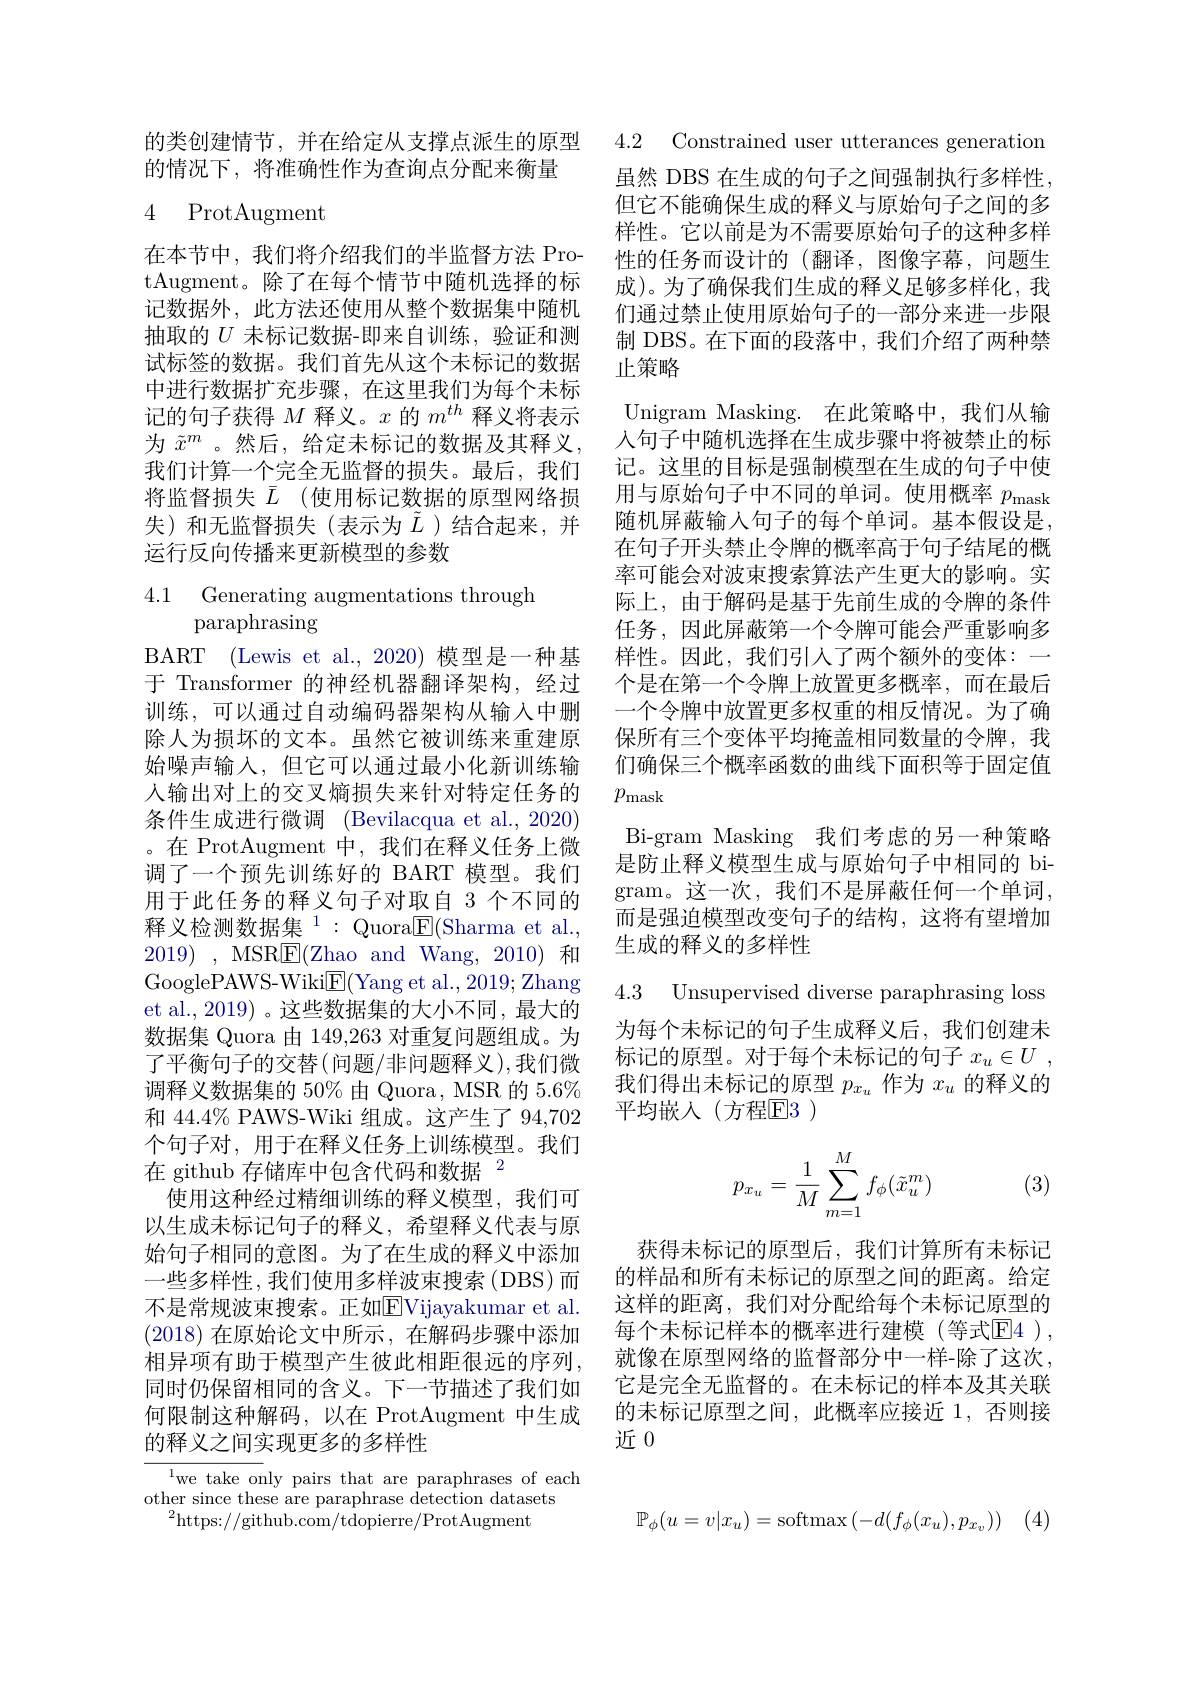
的类创建情节，并在给定从支撑点派生的原型 4.2 Constrained user utterances generation
的情况下，将准确性作为查询点分配来衡量

# 4 ProtAugment

在本节中，我们将介绍我们的半监督方法 ProtAugment。除了在每个情节中随机选择的标记数据外，此方法还使用从整个数据集中随机抽取的$U$未标记数据-即来自训练，验证和测试标签的数据。我们首先从这个未标记的数据中进行数据扩充步骤，在这里我们为每个未标记的句子获得$M$释义。$x$的$m^th$释义将表示为 $\tilde{x}^m$ 。然后，给定未标记的数据及其释义， 我们计算一个完全无监督的损失。最后，我们将监督损失$\bar{L}$ (使用标记数据的原型网络损失)和无监督损失(表示为$\tilde{L}$ )结合起来，并运行反向传播来更新模型的参数

4.1 Generating augmentations through
# paraphrasing

BART (Lewis et al.,2020) 模型是一种基于 Transformer 的神经机器翻译架构，经过训练，可以通过自动编码器架构从输入中删除人为损坏的文本。虽然它被训练来重建原始噪声输入，但它可以通过最小化新训练输入输出对上的交叉熵损失来针对特定任务的条件生成进行微调 (Bevilacqua et al., 2020) 。在 ProtAugment 中，我们在释义任务上微调了一个预先训练好的 BART 模型。我们用于此任务的释义句子对取自 3 个不同的释义检测数据集$^1:$Quora$\underline{\mathrm{E}}($Sharma et al., $2019)~,~$MSR$\boxed{\mathrm{F}}($Zhao and Wang, 2010) 和GooglePAWS-Wiki$\underline{\mathrm{E}}($Yang et al.,2019; Zhang et al., 2019) 。这些数据集的大小不同，最大的数据集 Quora 由 149,263 对重复问题组成。为了平衡句子的交替(问题/非问题释义),我们微调释义数据集的 50% 由 Quora, MSR 的 5.6% 和 44.4% PAWS-Wiki 组成。这产生了 94,702个句子对，用于在释义任务上训练模型。我们在 github 存储库中包含代码和数据$^{2}$
使用这种经过精细训练的释义模型，我们可以生成未标记句子的释义，希望释义代表与原始句子相同的意图。为了在生成的释义中添加一些多样性，我们使用多样波束搜索(DBS)而不是常规波束搜索。正如$\overline{\mathrm{E}}$Vijayakumar et al. (2018)在原始论文中所示，在解码步骤中添加相异项有助于模型产生彼此相距很远的序列， 同时仍保留相同的含义。下一节描述了我们如何限制这种解码，以在 ProtAugment 中生成的释义之间实现更多的多样性
${\overline{{^{1}}}\text{we take on}}$ly pairs that are paraphrases of each

other since these are paraphrase detection datasets
$^{2}$https://github.com/tdopierre/ProtAugment

虽然 DBS 在生成的句子之间强制执行多样性， 但它不能确保生成的释义与原始句子之间的多样性。它以前是为不需要原始句子的这种多样性的任务而设计的(翻译，图像字幕，问题生成)。为了确保我们生成的释义足够多样化，我们通过禁止使用原始句子的一部分来进一步限制 DBS。在下面的段落中，我们介绍了两种禁止策略

Unigram Masking. 在此策略中，我们从输人句子中随机选择在生成步骤中将被禁止的标记。这里的目标是强制模型在生成的句子中使用与原始句子中不同的单词。使用概率$p_\mathrm{mask}$ 随机屏蔽输入句子的每个单词。基本假设是， 在句子开头禁止令牌的概率高于句子结尾的概率可能会对波束搜索算法产生更大的影响。实际上，由于解码是基于先前生成的令牌的条件任务，因此屏蔽第一个令牌可能会严重影响多样性。因此，我们引入了两个额外的变体：一个是在第一个令牌上放置更多概率，而在最后一个令牌中放置更多权重的相反情况。为了确保所有三个变体平均掩盖相同数量的令牌，我们确保三个概率函数的曲线下面积等于固定值$p_{\mathrm{mask}}$
Bi-gram Masking 我们考虑的另一种策略是防止释义模型生成与原始句子中相同的 bigram。这一次，我们不是屏蔽任何一个单词， 而是强迫模型改变句子的结构，这将有望增加生成的释义的多样性
4.3 Unsupervised diverse paraphrasing loss 为每个未标记的句子生成释义后，我们创建末

标记的原型。对于每个未标记的句子$x_u\in U$ , 我们得出未标记的原型$p_x_u$作为$x_u$的释义的平均嵌入(方程E3)
$$p_{x_u}=\dfrac{1}{M}\sum\limits_{m=1}^Mf_\phi(\tilde{x}_u^m)$$
(3)

获得未标记的原型后，我们计算所有未标记的样品和所有未标记的原型之间的距离。给定这样的距离，我们对分配给每个未标记原型的每个未标记样本的概率进行建模(等式$\mathbb{E}$4 ), 就像在原型网络的监督部分中一样-除了这次， 它是完全无监督的。在未标记的样本及其关联的未标记原型之间，此概率应接近 1,否则接近0
$$\mathbb{P}_\phi(u=v|x_u)=\mathrm{softmax}\left(-d(f_\phi(x_u),p_{x_v})\right)$$